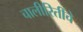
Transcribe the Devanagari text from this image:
चालीरितींचे